Lunatic asylums in Bengal annual reports 1888-1898 - 1888-1898
Year: 1888
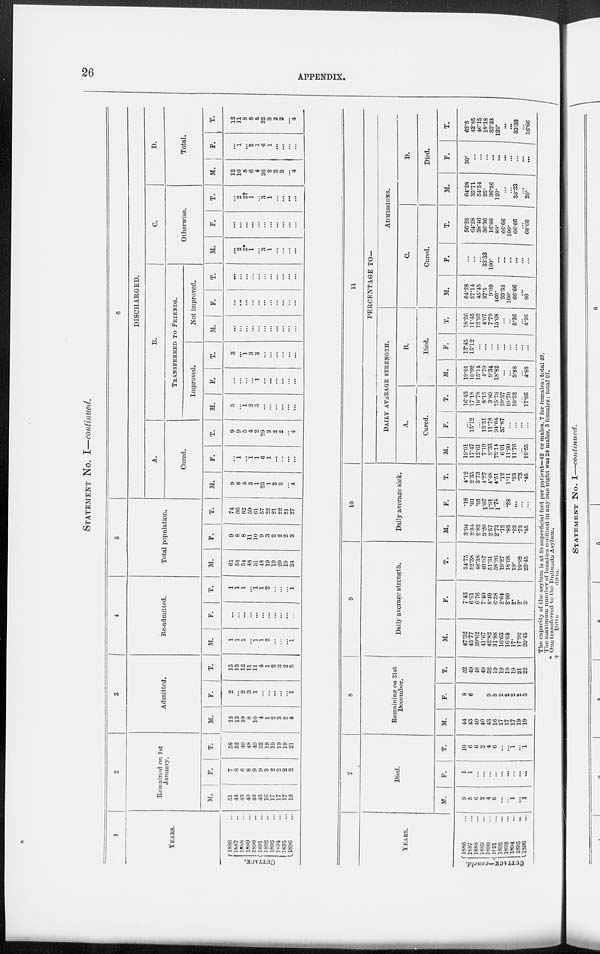
26
APPENDIX.
STATEMENT No. I—continued.
1
YEARS.
CUTTACK.
1886 ...
1887 ...
1888 ...
1889 ...
1890 ...
1891 ...
1892 ...
1893 ...
1894 ...
1895 ...
1896 ...
2
Remained on 1st
January.
M.
51
44
43
40
40
43
16
17
17
17
19
F.
7
8
6
8
9
9
3
2
2
2
2
T.
58
52
49
48
49
52
19
19
19
19
21
3
Admitted.
M.
13
13
10
8
10
4
1
2
3
2
4
F.
2
...
2
3
1
...
...
...
...
...
1
T.
15
13
12
11
11
4
1
2
3
2
5
4
Re-admitted.
M.
1
1
1
...
1
1
2
...
...
...
1
F.
...
...
...
...
...
...
...
...
...
...
...
T.
1
1
1
...
1
1
2
...
...
...
1
5
Total population.
M.
65
58
54
48
51
48
19
19
20
19
24
F.
9
8
8
11
10
9
3
2
2
2
3
T.
74
66
62
59
61
57
22
21
22
21
27
6
DISCHARGED.
A.
Cured.
M.
9
8
5
3
1
23
1
2
2
...
4
F.
...
1
...
1
1
6
1
...
...
...
...
T.
9
9
5
4
2
29
2
2
2
...
4
B.
TRANSFERRED TO FRIENDS.
Improved.
M.
3
...
1
2
3
...
...
...
...
...
...
F.
...
...
...
...
1
...
...
...
...
...
...
T.
3
...
1
3
3
...
...
...
...
...
...
Not improved.
M.
...
...
...
...
...
...
...
...
...
...
...
F.
...
...
...
...
...
...
...
...
...
...
...
T.
...
...
...
...
...
...
...
...
...
...
...
C.
Otherwise.
M.
...
2
2*
1
...
3
1
...
...
...
...
F.
...
...
...
...
...
...
...
...
...
...
...
T.
...
2
2† 1
...
3
1
...
...
...
...
D.
Total.
M.
12
10
8
6
4
26
2
2
2
...
4
F.
...
1
...
2
1
6
1
...
...
...
...
T.
12
11
8
8
5
32
3
2
2
...
4
YEARS.
CUTTACK—concld.
1886 ...
1887 ...
1888 ...
1889
...
1890 ...
1891 ...
1892 ...
1893 ...
1894 ...
1895 ...
1896 ...
7
Died.
M.
9
5
6
2
4
6
...
...
1
...
1
F.
1
1
...
...
...
...
...
...
...
...
...
T.
10
6
6
2
4
6
...
...
1
...
1
8
Remaining on 31st
December.
M.
44
43
40
40
43
16
17
17
17
19
19
F.
8
6
8
9
9
3
2
2
2
2
3
T.
52
49
48
49
52
19
19
19
19
21
22
9
Daily average strength.
M.
47.32
45.77
39.62
41.67
42.82
31.88
16.63
16.68
17.
17.92
20.45
F.
7.43
6.61
6.76
7.40
8.49
6.38
2.64
2.00
2.
2.
3.
T.
54.75
52.38
46.38
49.07
51.31
38.26
19.27
18.68
19.
19.92
23.45
10
Daily average sick.
M.
3.94
2.34
2.82
3.20
2.57
2.73
.12
.83
.23
.73
.45
F.
.18
.01
.91
1.07
1.91
1.78
...
.28
...
...
...
T.
4.12
2.35
3.73
4.27
4.48
4.51
.12
1.11
.23
.73
.45
11
PERCENTAGE TO—
DAILY AVERAGE STRENGTH.
A.
Cured.
M.
19.01
17.47
12.61
7.19
2.33
72.14
6.01
11.99
11.76
...
19.55
F.
...
15.12
...
13.51
11.78
94.04
37.87
...
...
...
...
T.
16.43
17.18
10.78
8.15
3.89
75.79
10.37
10.70
10.52
...
17.05
B.
Died.
M.
19.01
10.92
15.14
4.79
9.34
18.82
...
...
5.88
...
4.88
F.
13.45
15.12
...
...
...
...
...
...
...
...
...
T.
18.26
11.45
12.93
4.07
7.79
15.68
...
...
5.26
...
4.26
ADMISSIONS.
C.
Cured.
M.
64.28
57.14
45.45
37.5
9.09
460.
33.33
100.
66.66
...
80
F.
...
...
...
33.33
100.
...
...
...
...
...
...
T.
66.25
64.28
38.46
36.36
16.66
80.
66.66
100.
66.66
...
66.66
D.
Died.
M.
64.28
35.71
54.54
25.
36.36
120.
...
...
33.33
...
20.
F.
50.
...
...
...
...
...
...
...
...
...
...
T.
62.5
42.85
46.15
18.18
33.33
120.
...
...
33.33
...
16.66
The capacity of the asylum is at 50 superficial feet per patient—42 or males, 7 for females : total 49.
The maximum number of lunatics confined in any one night was 24 males, 3 females: total 27.
* One transferred to the Dullunda Asylum.
†
Ditto
ditto.